Annual administration report of the Civil Veterinary Department of India - 1895-1896
Year: 1895
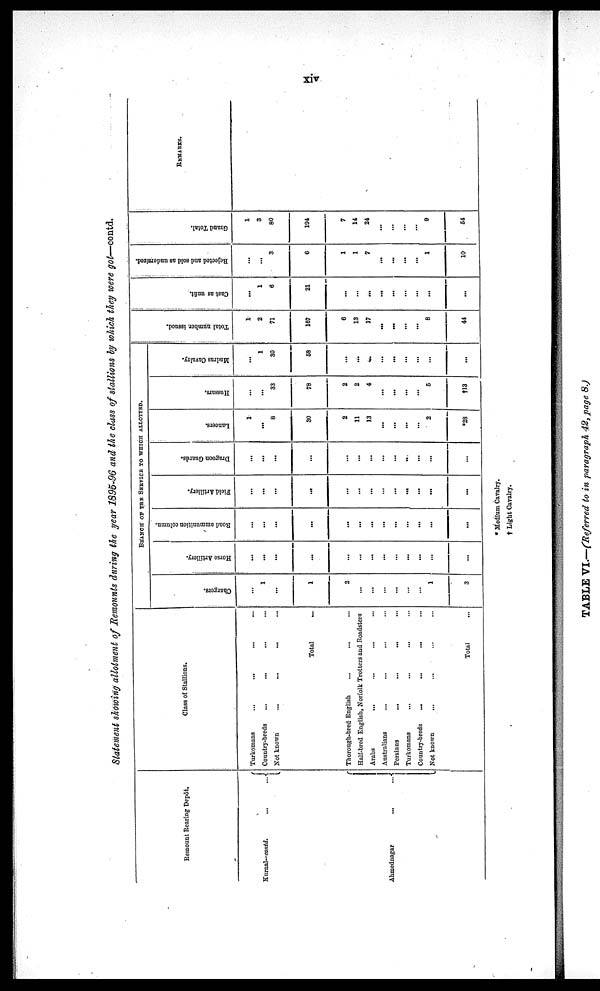
xiv
Statement showing allotment of Remounts during the year 1895-96 and the class of stallions by which they were got—contd.
Remount Rearing Depôt.
Kurnal-contd.
... ...
Ahmednagar
...
...
Class of Stallions.
Turkomans
...
...
...
...
Country-breds ... ... ... ...
Not known
...
...
...
...
Total ...
Thorough-bred English ... ... ...
Half-bred English, Norfolk Trotters and Roadsters
Arabs
... ... ... ...
Australians ... ... ... ...
Persians
... ... ... ...
Turkomans ... ... ... ...
Country-breds
... ... ... ...
Not known
... ... ... ...
Total ...
BRANCH OF THE SERVICE TO WHICH ALLOTTED.
Chargers.
...
1
...
1
2
...
...
...
...
...
...
1
3
Horse Artillery.
...
...
...
...
...
...
...
...
...
...
...
...
...
Road ammunition column.
...
...
...
...
...
...
...
...
...
...
...
...
...
Field Artillery,
...
...
...
...
...
...
...
...
...
...
...
...
...
Dragoon Guards.
...
...
...
...
...
...
...
...
...
...
...
...
...
Lancers.
1
...
8
30
2
11
13
...
...
...
...
2
*28
Hussars.
...
...
33
78
2
2
4
...
...
...
...
5
†13
Madras Cavalry.
...
1
30
58
...
...
...
...
...
...
...
...
...
Tot al number i ssued.
1
2
71
167
6
13
17
...
...
...
...
8
44
Cast as unfit.
...
1
6
21
...
...
...
...
...
...
...
...
...
Rejected
and sold as undersized.
...
...
3
6
1
1
7
...
...
...
...
1
10
Gr a nd Tot al .
1
3
80
194
7
14
24
...
...
...
...
9
54
REMARKS.
* Medium Cavalry.
† Light Cavalry.